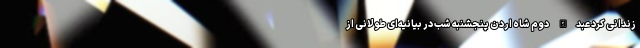
زندانی کرد عبدالله دوم شاه اردن پنجشنبه شب در بیانیه‌ای طولانی از